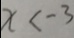
x < - 3